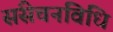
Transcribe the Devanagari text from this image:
संसेचनविधि